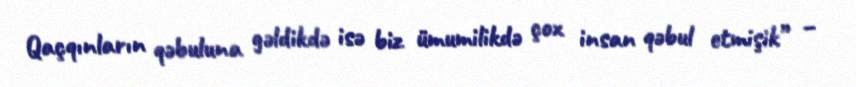
Qaçqınların qəbuluna gəldikdə isə biz ümumilikdə çox insan qəbul etmişik” –